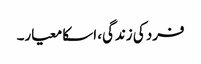
فرد کی زندگی، اسکا معیار۔